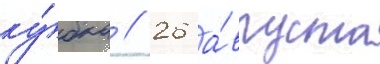
ку́бка // 26 а́вгуста